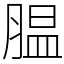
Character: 腽